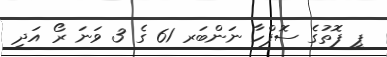
ޕީ ފޮތުގެ ސޮފްހާ ނަންބަރ 61 ގެ 3 ވަނަ ރޯ އަދި